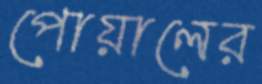
পোয়ালের